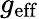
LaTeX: g_{\mathrm{eff}}